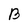
Character: B